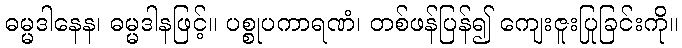
ဓမ္မဒါနေန၊ ဓမ္မဒါနဖြင့်။ ပစ္စုပကာရဏံ၊ တစ်ဖန်ပြန်၍ ကျေးဇူးပြုခြင်းကို။